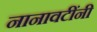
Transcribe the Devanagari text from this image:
नानावटींनी